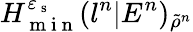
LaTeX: H_{\mathrm{~m~i~n~}}^{\varepsilon_{\mathrm{~s~}}}(l^{n}|E^{n})_{\tilde{\rho}^{n}}